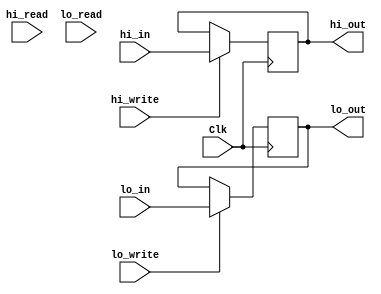
`timescale 1ns / 1ps
//////////////////////////////////////////////////////////////////////////////////
// Company: 
// Engineer: 
// 
// Design Name: 
// Module Name: HILORegisters
// Project Name: 
// Target Devices: 
// Tool Versions: 
// Description: 
// 
// Dependencies: 
// 
// Revision:
// Revision 0.01 - File Created
// Additional Comments:
// 
//////////////////////////////////////////////////////////////////////////////////


module HILORegisters(
    Clk,
    hi_in,
    lo_in,
    hi_out,
    lo_out,
    hi_read,
    lo_read,
    hi_write,
    lo_write
    );
    input [31:0] hi_in, lo_in;
    input Clk, hi_read, hi_write, lo_read, lo_write;
    (* mark_debug = "true" *) reg [31:0] HI, LO;
    (* mark_debug = "true" *) output [31:0] hi_out, lo_out;
     
    always@(posedge Clk) begin
        if(hi_write) HI <= hi_in;
        if(lo_write) LO <= lo_in;
    end
    assign hi_out = /*{32{hi_read}} & */HI;
    assign lo_out = /*{32{lo_read}} & */LO;
     
endmodule